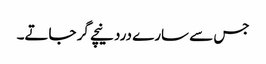
جس سے سارے درد نیچے گر جاتے۔